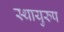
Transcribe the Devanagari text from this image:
स्थायुरुप